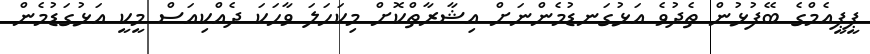
ޕީޕީއެމްގެ ބޭފުޅުން ތެދުވެ އަޅުގަނޑުމެންނަށް އިޝާރާތްކޮށް މިކަހަލަ ވާހަކަ ދެއްކިއަސް މީކީ އަޅުގަޑުމެން